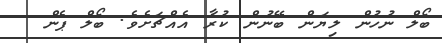
ބޯލް ނުހުން ލިޔަން ބޭނުން ކުރާ އެއްޗަށެވެ. ބޯލް ޕެން